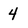
Character: 4